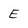
Character: E